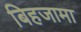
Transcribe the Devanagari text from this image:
बिहजामा